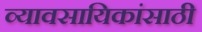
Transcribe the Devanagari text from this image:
व्यावसायिकांसाठी